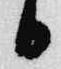
日